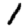
Digit: 1